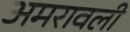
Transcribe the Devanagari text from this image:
अमरावली